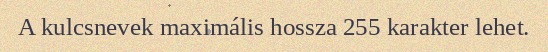
A kulcsnevek maximális hossza 255 karakter lehet.